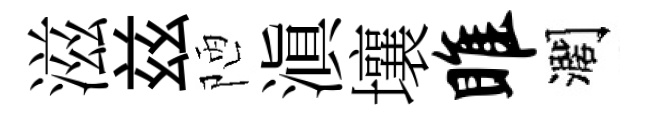
滋兹陋滇壤雎濶